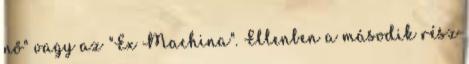
nő" vagy az "Ex Machina". Ellenben a második rész